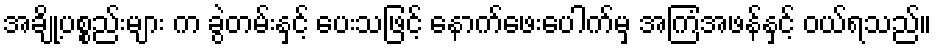
အချို့ပစ္စည်းများ က ခွဲတမ်းနှင့် ပေးသဖြင့် နောက်ဖေးပေါက်မှ အကြံအဖန်နှင့် ဝယ်ရသည်။